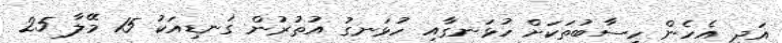
އަދި އެހެން ހިސާބުތަކަށް ހުޅަނގާއި ހުޅަނގު އުތުރުން ގަނޑިއަކު 15 މޭލާ 25